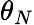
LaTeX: \theta_{N}